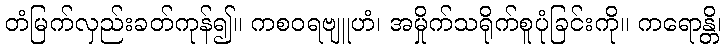
တံမြက်လှည်းခတ်ကုန်၍။ ကစဝရဗျူဟံ၊ အမှိုက်သရိုက်စူပုံခြင်းကို။ ကရောန္တိ၊